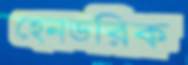
হেনডরিক